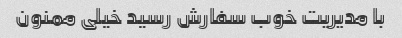
با مدیریت خوب سفارش رسید خیلی ممنون